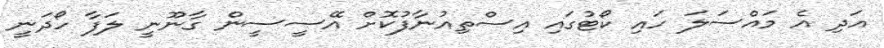
އަދި އެ މައްސަލަ ހައި ކޯޓުގައި އިސްތިއުނާފުކޮށް އޭސީސީން ގާނޫނީ ލަފާ ހޯދަނީ